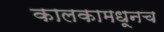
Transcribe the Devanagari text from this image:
कालकामधूनच